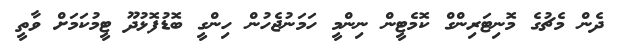
ދެން މެޗުގެ މޮނިޓަރިންގް ކޮމެޓީން ނިންމީ ހަމަނުޖެހުން ހިންގީ ބޮޑުފޮޅުދޫ ޓީމުކަމަށް ވާތީ